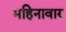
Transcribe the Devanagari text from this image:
महिनावार